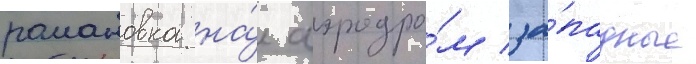
романовка на́ аэродро́м за́падные